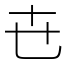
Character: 㔺